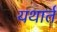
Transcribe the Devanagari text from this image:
यथार्त